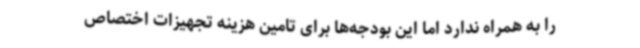
را به همراه ندارد اما این بودجه‌ها برای تامین هزینه تجهیزات اختصاص